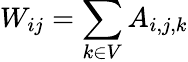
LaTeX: W_{ij}=\sum_{k\in V}A_{i,j,k}